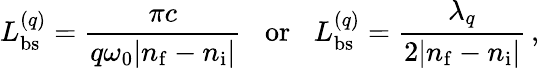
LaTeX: L_{\mathrm{bs}}^{(q)}=\frac{\pi c}{q\omega_{0}|n_{\mathrm{f}}-n_{\mathrm{i}}|}\; \; \; \textrm{or}\; \; \; L_{\mathrm{bs}}^{(q)}=\frac{\lambda_{q}}{2|n_{\mathrm{f}}-n_{\mathrm{i}}|}\, ,